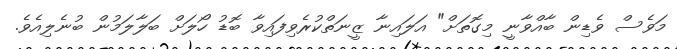
މަވެސް ވެޑިން ބާއްވާނީ މިގޮތަށް" އަލައިނާ ޒީނަތްކުރެވިފައިވާ ބޮޑު ހޯލަށް ބަލާލަމުން ބުނެލިއެވެ.